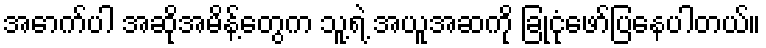
အောက်ပါ အဆိုအမိန့်တွေက သူ့ရဲ့ အယူအဆကို ခြုံငုံဖော်ပြနေပါတယ်။